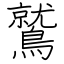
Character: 鷲